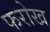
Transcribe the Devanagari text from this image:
फरोख